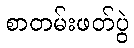
စာတမ်းဖတ်ပွဲ